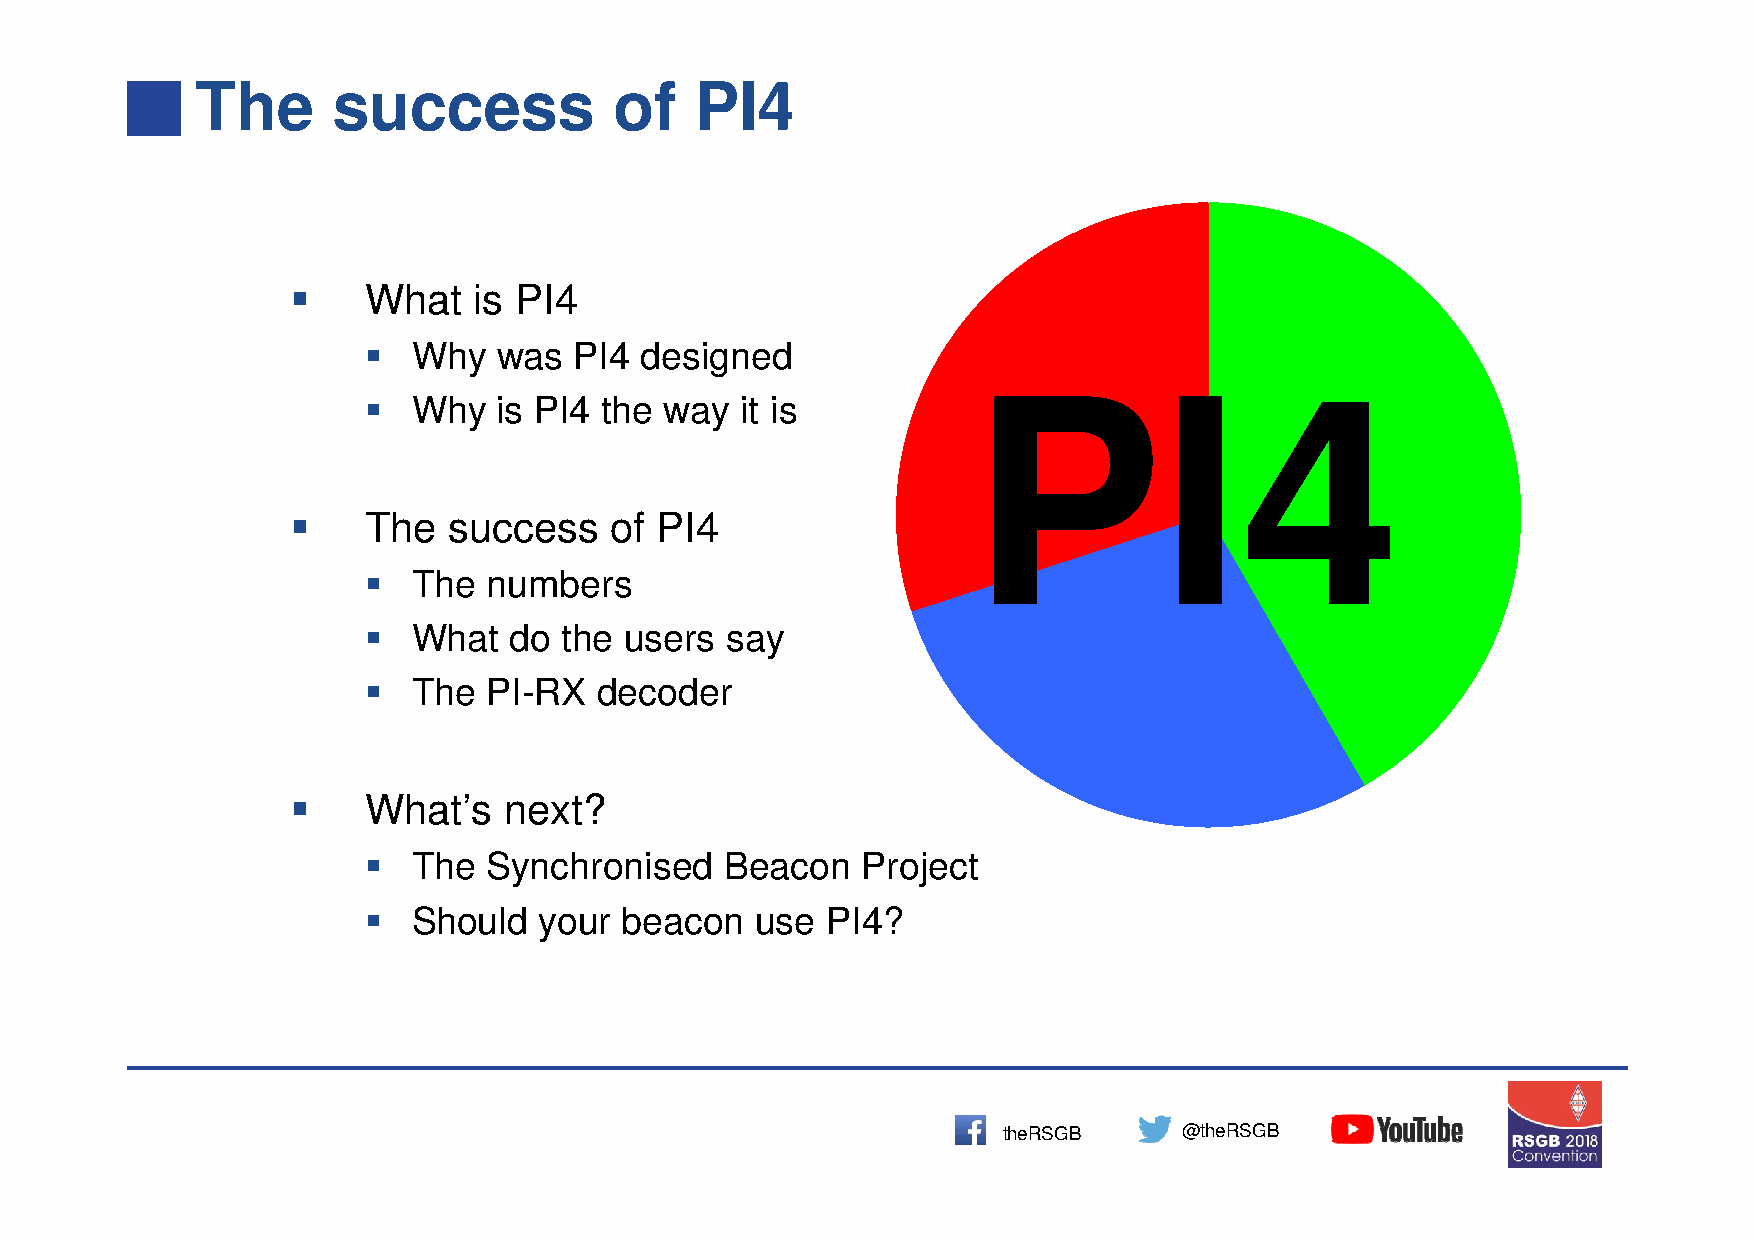
The      success            of   PI4
 
 What   is PI4
 
 Why   was  PI4 designed
                                        PI4
 Why   is PI4 the way  it is
 
 The   success   of PI4
 
 The  numbers
 
 What   do the users  say
 
 The  PI-RX   decoder
 
 What’s   next?
 
 The  Synchronised    Beacon   Project
 
 Should   your beacon   use  PI4?
 theRSGB     @theRSGB